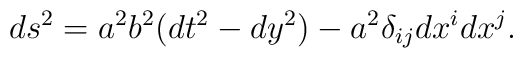
ds^2 = a^2 b^2(dt^2 - dy^2) - a^2 \delta_{ij}dx^i dx^j.